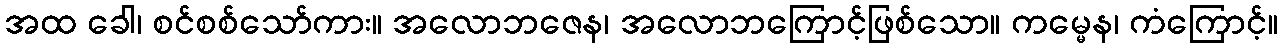
အထ ခေါ၊ စင်စစ်သော်ကား။ အလောဘဇေန၊ အလောဘကြောင့်ဖြစ်သော။ ကမ္မေန၊ ကံကြောင့်။